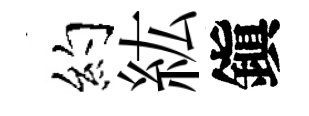
約紘鎭